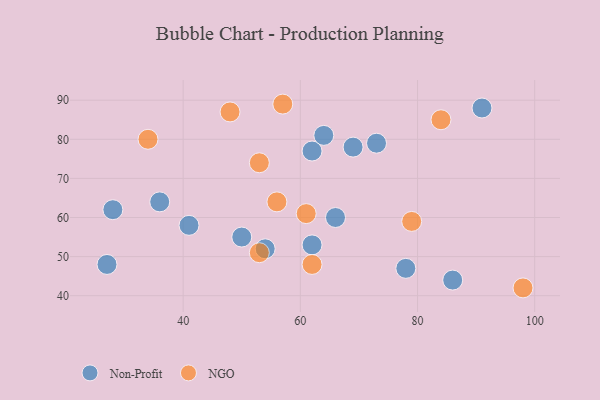
{"axis": {"x": "GDP", "y": "Life Expectancy"}, "legend": ["NGO", "Non-Profit"], "data": [{"x": "78", "y": 47, "type": "Non-Profit"}, {"x": "54", "y": 52, "type": "Non-Profit"}, {"x": "66", "y": 60, "type": "Non-Profit"}, {"x": "62", "y": 53, "type": "Non-Profit"}, {"x": "73", "y": 79, "type": "Non-Profit"}, {"x": "91", "y": 88, "type": "Non-Profit"}, {"x": "27", "y": 48, "type": "Non-Profit"}, {"x": "69", "y": 78, "type": "Non-Profit"}, {"x": "28", "y": 62, "type": "Non-Profit"}, {"x": "36", "y": 64, "type": "Non-Profit"}, {"x": "50", "y": 55, "type": "Non-Profit"}, {"x": "86", "y": 44, "type": "Non-Profit"}, {"x": "62", "y": 77, "type": "Non-Profit"}, {"x": "41", "y": 58, "type": "Non-Profit"}, {"x": "64", "y": 81, "type": "Non-Profit"}, {"x": "84", "y": 85, "type": "NGO"}, {"x": "57", "y": 89, "type": "NGO"}, {"x": "53", "y": 51, "type": "NGO"}, {"x": "34", "y": 80, "type": "NGO"}, {"x": "62", "y": 48, "type": "NGO"}, {"x": "56", "y": 64, "type": "NGO"}, {"x": "48", "y": 87, "type": "NGO"}, {"x": "53", "y": 74, "type": "NGO"}, {"x": "79", "y": 59, "type": "NGO"}, {"x": "61", "y": 61, "type": "NGO"}, {"x": "98", "y": 42, "type": "NGO"}]}